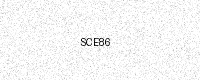
Text: SCE86